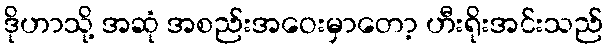
ဒိုဟာသို့ အဆုံ အစည်းအဝေးမှာတော့ ဟီးရိုးအင်းသည်